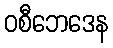
ဝစီဘေဒေန